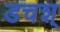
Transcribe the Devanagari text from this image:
डचश्